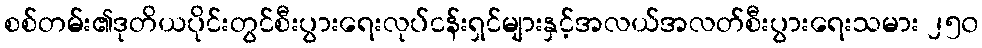
စစ်တမ်း၏ဒုတိယပိုင်းတွင်စီးပွားရေးလုပ်ငန်းရှင်များနှင့်အလယ်အလတ်စီးပွားရေးသမား ၂၅၀